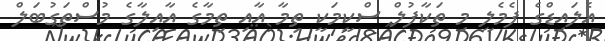
އެލައިޑްގެ ފެމެލީ މި ތަކާފުލް ސްކީމަކީ ތިމާ އާއި ތިމާގެ އާއިލާގެ މުސްތަގުބަލް